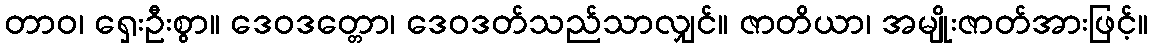
တာဝ၊ ရှေးဦးစွာ။ ဒေဝဒတ္တော၊ ဒေဝဒတ်သည်သာလျှင်။ ဇာတိယာ၊ အမျိုးဇာတ်အားဖြင့်။